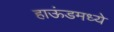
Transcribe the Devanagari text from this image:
हाऊंडमध्ये